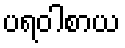
ပရဝါစာယ